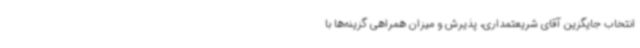
انتخاب جایگزین آقای شریعتمداری، پذیرش و میزان همراهی گزینه‌ها با